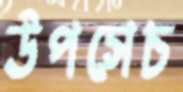
উপসেচ